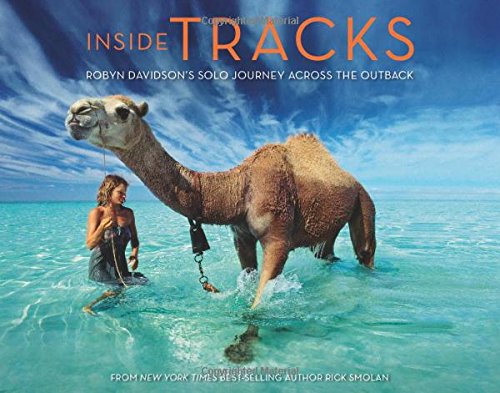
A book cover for Inside Tracks: Robyn Davidson's Solo Journey Across the Outback; Rick Smolan; Travel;